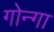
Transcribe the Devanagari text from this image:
गोन्गा